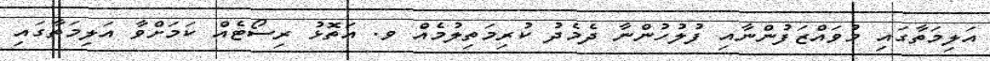
އަލިމަތާގައި މުވައްޒަފުންނާއި ފުލުހުންނާ ދެމެދު ކުރިމަތިލުމެއް ވ. އަތޮޅު ރިސޯޓެއް ކަމަށްވާ އަލިމަތާގައި